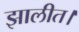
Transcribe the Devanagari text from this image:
झालीत।